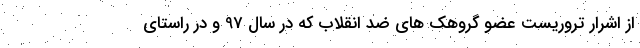
از اشرار تروریست عضو گروهک های ضد انقلاب که در سال 97 و در راستای